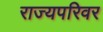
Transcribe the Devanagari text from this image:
राज्यपरिवर